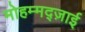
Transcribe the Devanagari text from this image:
मोहम्मद्ज़ाई